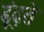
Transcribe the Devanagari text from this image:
ढ़ूंढ़ते